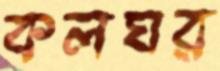
কলঘর